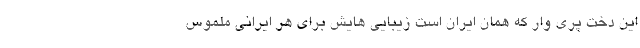
این دخت پری وار که همان ایران است زیبایی هایش برای هر ایرانی ملموس